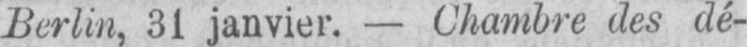
Berlin, 31 janvier. - Chambre des dé-